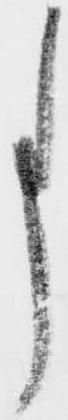
事